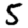
Digit: 5